画像に写った文字を読んでください
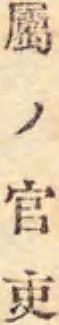
「屬ノ官吏」と書いてあります